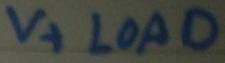
Text: V+ LOAD